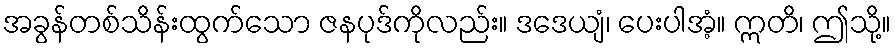
အခွန်တစ်သိန်းထွက်သော ဇနပုဒ်ကိုလည်း။ ဒဒေယျံ၊ ပေးပါအံ့။ ဣတိ၊ ဤသို့။